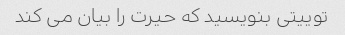
توییتی بنویسید که حیرت را بیان می کند